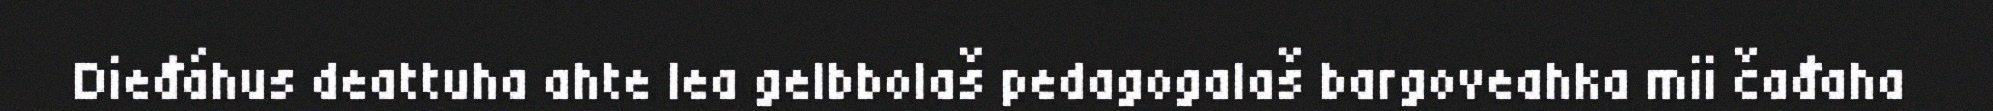
Dieđáhus deattuha ahte lea gelbbolaš pedagogalaš bargoveahka mii čađaha